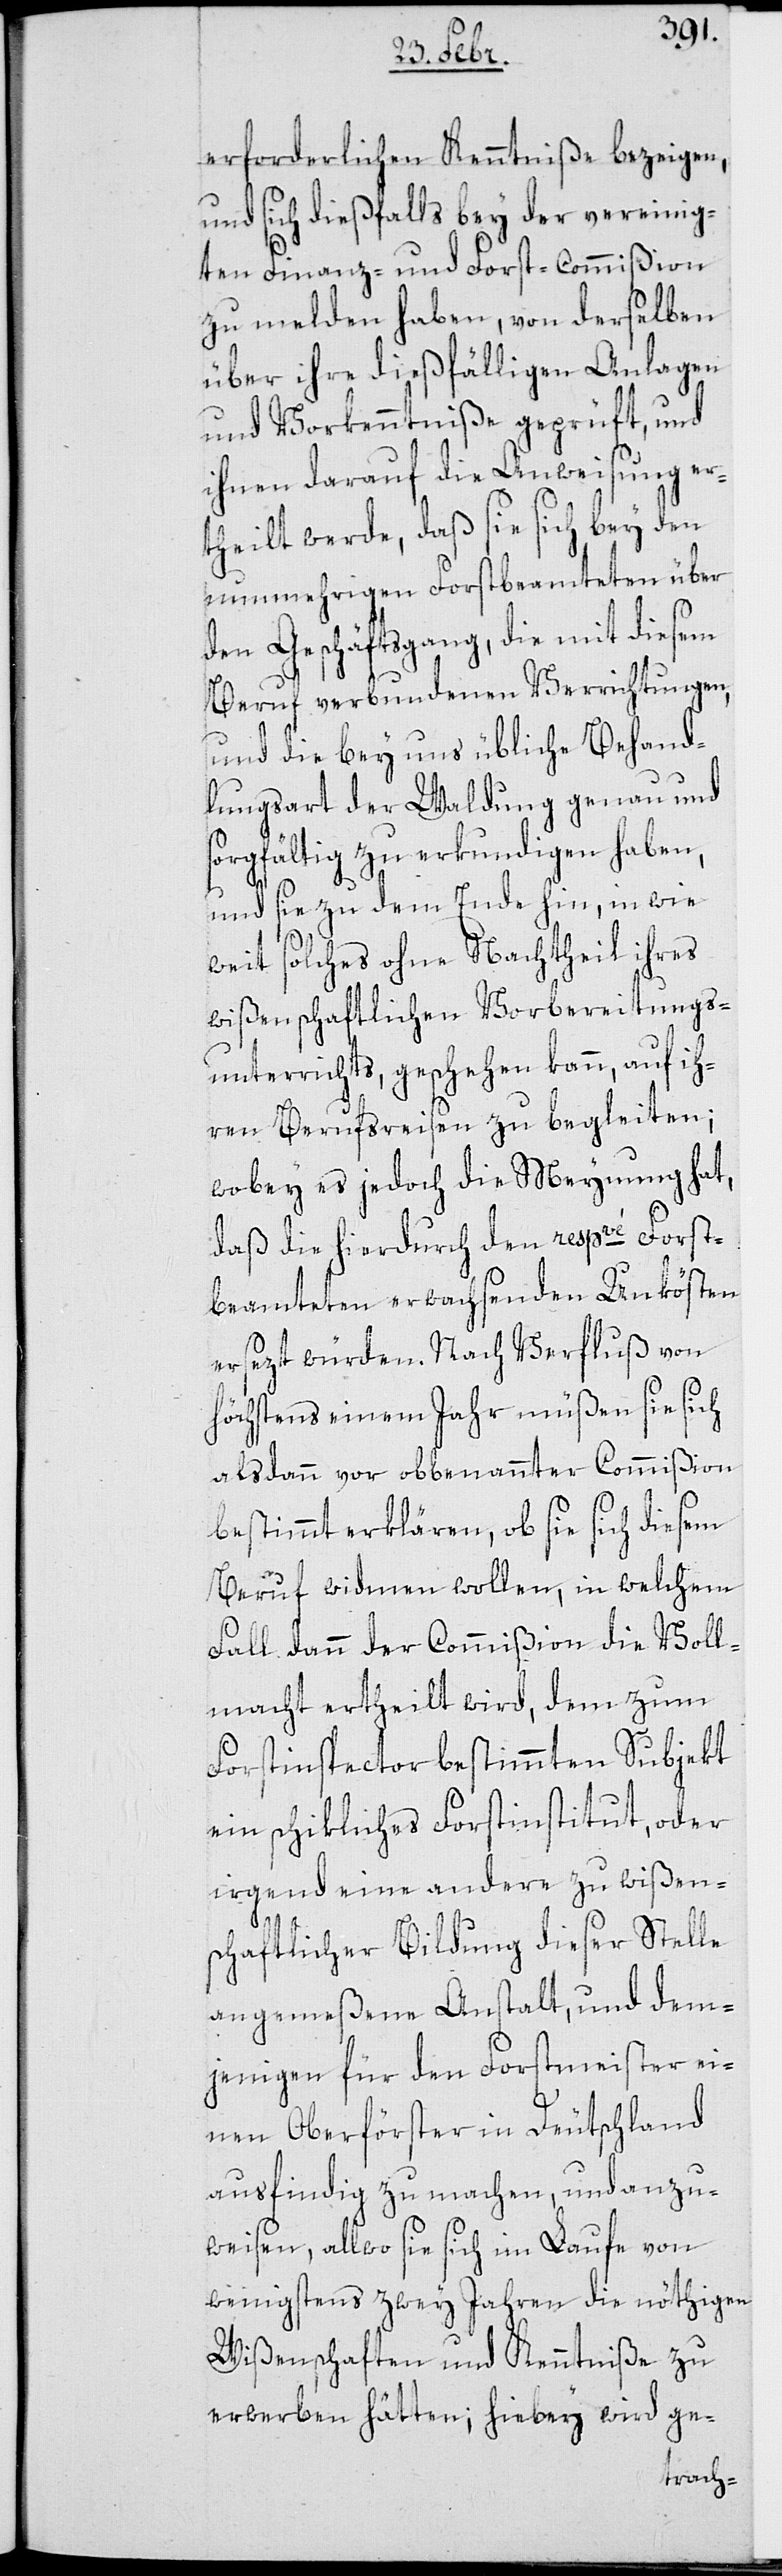
erforderlichen Kenntniße bezeigen,
und sich dießfalls bey der vereinig¬
ten Finanz- und Forst-Commißion
zu melden haben, von derselben
über ihre dießfälligen Anlagen
und Vorkenntniße geprüft, und
ihnen darauf die Anweisung er¬
theilt werde, daß sie sich bey den
nunmehrigen Forstbeamteten über
den Geschäftsgang, die mit diesem
Beruf verbundenen Verrichtungen,
und die bey uns übliche Behand¬
lungsart der Waldung genau und
sorgfältig zu erkundigen haben,
und sie zu dem Ende hin, in wie
weit solches ohne Nachtheil ihres
wißenschaftlichen Vorbereitungs-U¬
nterrichts geschehen kann, auf ih¬
ren Berufsreisen zu begleiten;
wobey es jedoch die Meynung hat,
daß die hierdurch den respve Forst¬
beamteten erwachsenden Unkösten
ersetzt würden. Nach Verfluß von
höchstens einem Jahr müßen sie sich
alsdann vor obbenannter Commißion
bestimmt erklären, ob sie sich diesem
Beruf widmen wollen, in welchem
Fall dann der Commißion die Voll¬
macht ertheilt wird, dem zum
Forstinspector bestimmten Subjekt
ein schikliches Forstinstitut, oder
irgend eine andere zu wißen¬
schaftlicher Bildung dieser Stelle
angemeßene Anstalt, und dem¬
jenigen für den Forstmeister ei¬
nen Oberförster in Deutschland
ausfindig zu machen, und anzu¬
weisen, allwo sie sich im Laufe von
wenigstens zwey Jahren die nöthigen
Wißenschaften und Kenntniße zu
erwerben hätten; hiebey wird ge-